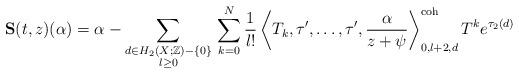
LaTeX: \begin{align*} \textbf{S}(t,z)(\alpha) = \alpha -\sum_{\substack{d \in H_2(X;\mathbb{Z})-\{0\} \\ l \geq 0 }} \, \sum_{k=0}^N \frac{1}{l!} \left\langle T_k, \tau ', \dots , \tau ', \frac{ \alpha}{z+\psi} \right\rangle^\textnormal{coh}_{0,l+2,d} T^k e^{\tau_2(d)} \end{align*}